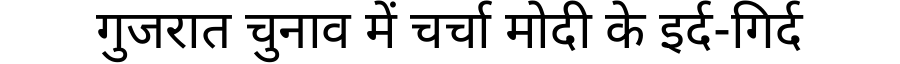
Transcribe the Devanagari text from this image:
गुजरात चुनाव में चर्चा मोदी के इर्द-गिर्द